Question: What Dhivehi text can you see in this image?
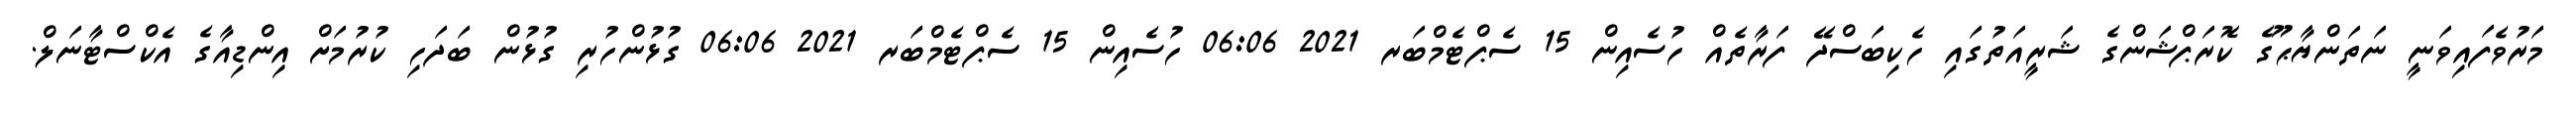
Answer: މަރުވެފައިވަނީ ނަތަންޔާޙޫގެ ކޮރަޕްޝަންގެ ޝަރީއަތުގައި ހެކިބަސްދޭ ފަރާތެއް ހުސެއިން 15 ސެޕްޓެމްބަރ 2021 06:06 ހުސެއިން 15 ސެޕްޓެމްބަރ 2021 06:06 ގުޅުންހުރި ގުޅުން ބަދަހި ކުރުމަށް އިންޑިއާގެ އެކްސްޓާނަލް.